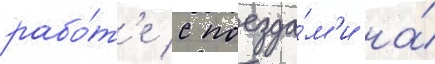
рабо́т'е с поезда́м'и на́